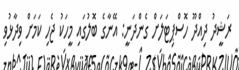
ރަޝީދު ދިއްދޫ ހޮސްޕިޓަލަށް ގެންދަނީ: އޭނާގެ ބޮލުގައި މީހަކު ޖެހި ކަމަށް ވިދާޅުވި